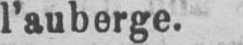
l’auberge.